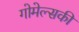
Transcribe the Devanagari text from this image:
गोमेल्सकी